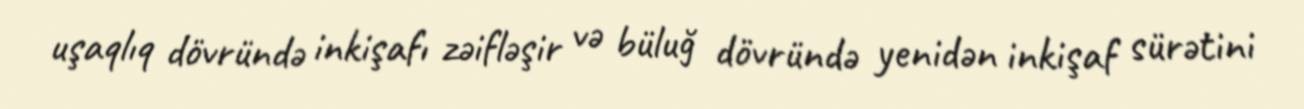
uşaqlıq dövründə inkişafı zəifləşir və büluğ dövründə yenidən inkişaf sürətini